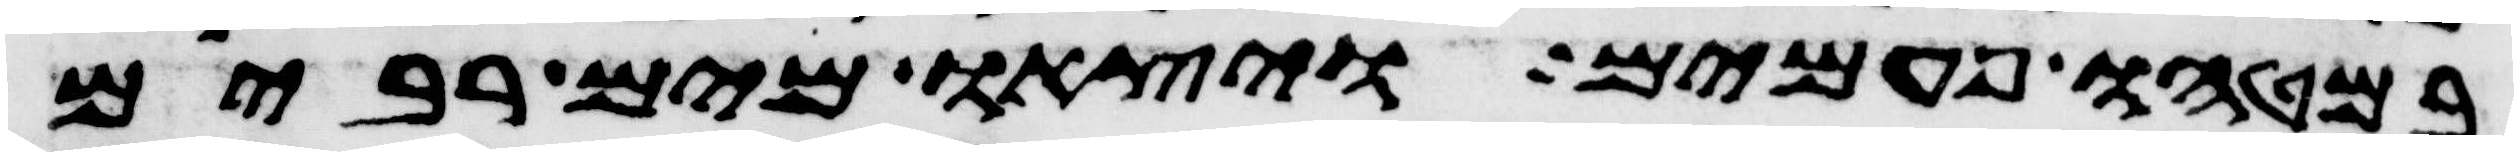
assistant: במטהו פעמים ויצאו מים רבים